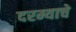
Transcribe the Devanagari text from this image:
दरम्याचे